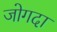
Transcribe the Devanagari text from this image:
जोगदा